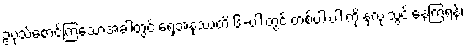
ဥပုသ်စောင့်ကြသောအခါတွင် ရှေ့အနုဿတိ ၆-ပါးတွင် တစ်ပါးပါးကို နှလုံးသွင်းနေကြရန်၊